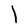
Character: I